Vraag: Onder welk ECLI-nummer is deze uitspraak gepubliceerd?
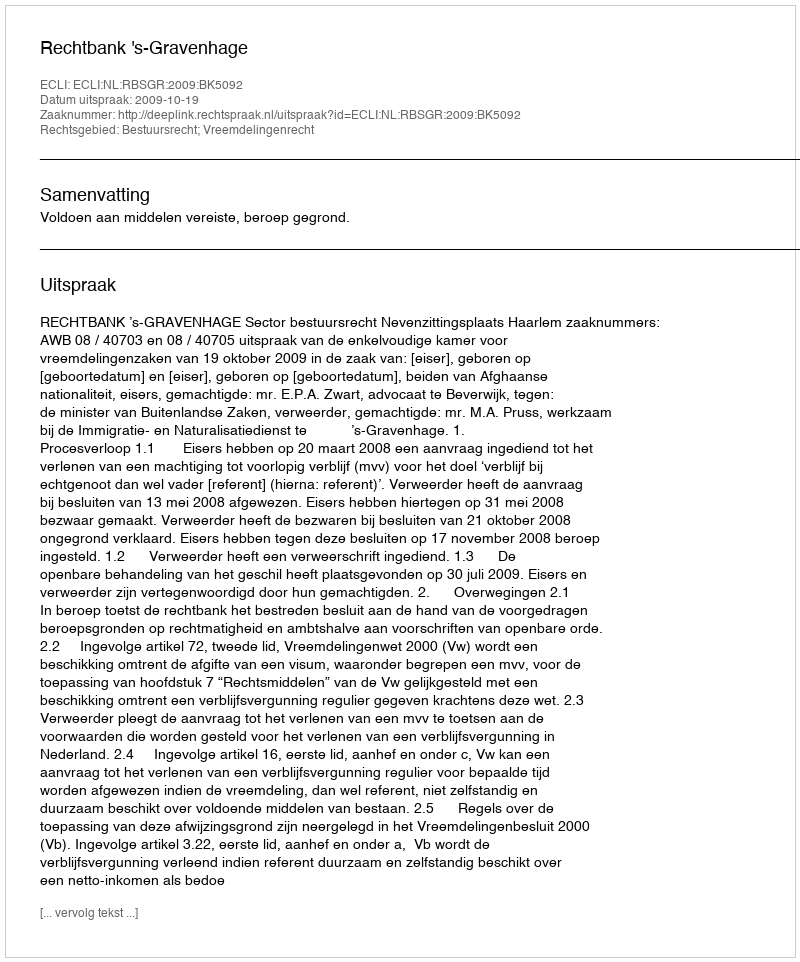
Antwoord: ECLI:NL:RBSGR:2009:BK5092